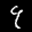
Label: 9